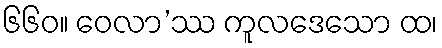
၆၆၀။ ဝေလာ’ဿ ကူလဒေသော ထ၊